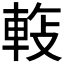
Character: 𬧵